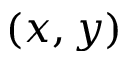
( x , y )